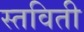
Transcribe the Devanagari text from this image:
स्तविती